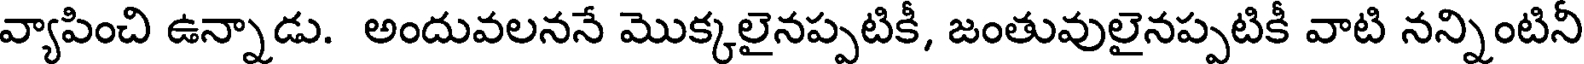
వ్యాపించి ఉన్నాడు. అందువలననే మొక్కలైనప్పటికీ, జంతువులైనప్పటికీ వాటి నన్నింటినీ